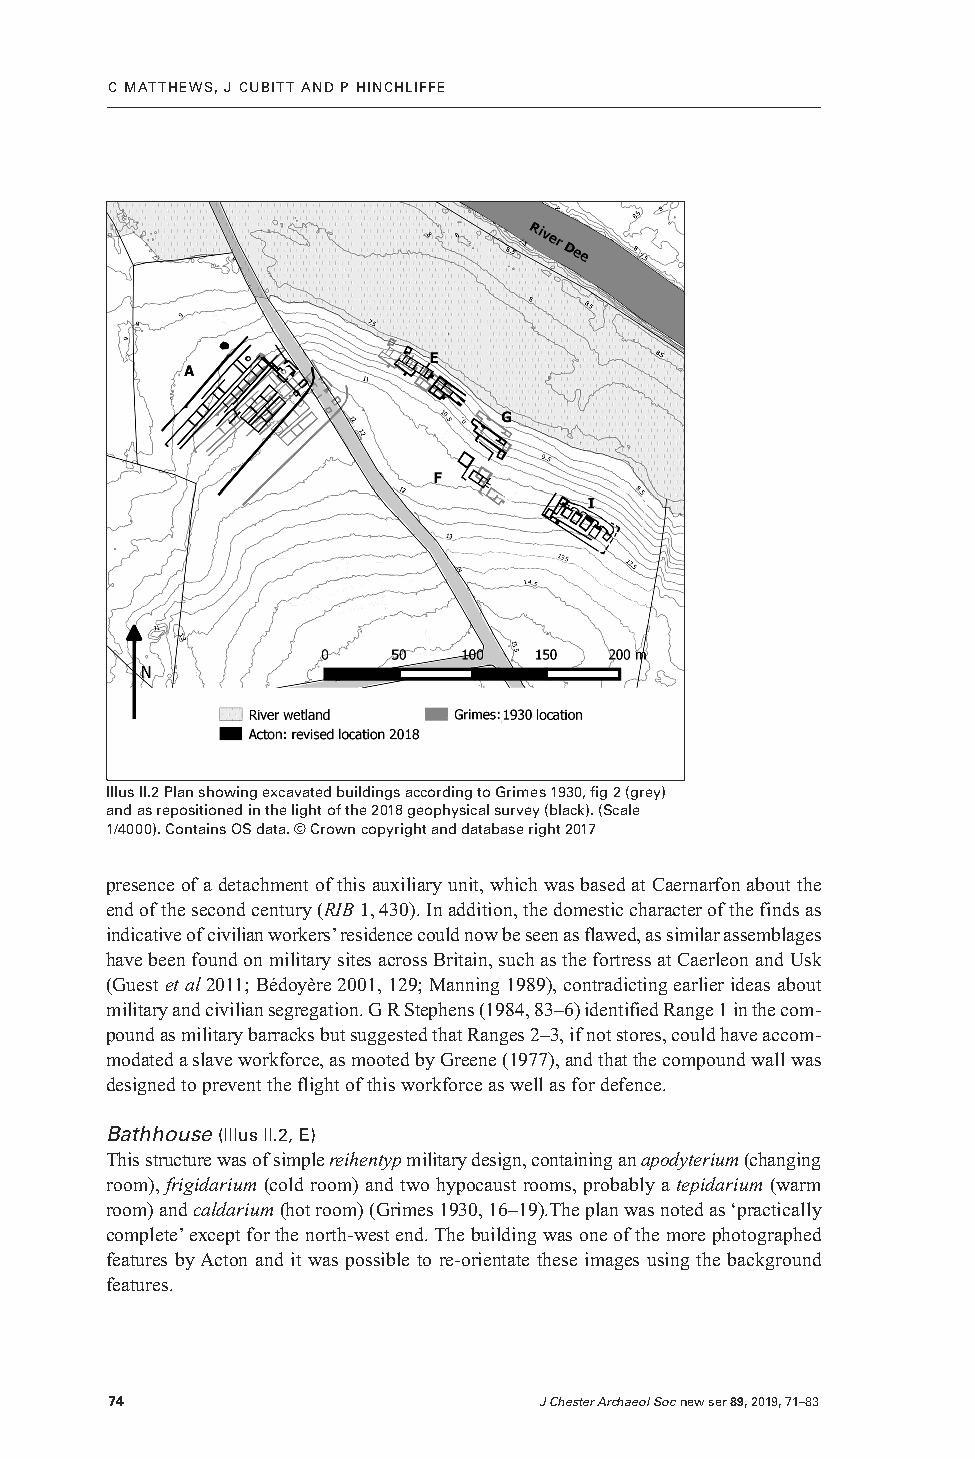
C MATTHEWS, J CUBITT AND P HINCHLIFFE
 Illus II.2 Plan showing excavated buildings according to Grimes 1930, fig 2 (grey)
 and as repositioned in the light of the 2018 geophysical survey (black). (Scale
 1/4000). Contains OS data. © Crown copyright and database right 2017
 presence of a detachment of this auxiliary unit, which was based at Caernarfon about the
 end of the second century (RIB1, 430). In addition, the domestic character of the finds as
 indicative of civilian workers’ residence could now be seen as flawed, as similar assemblages
 have been found on military sites across Britain, such as the fortress at Caerleon and Usk
 (Guest et al2011; Bédoyère 2001, 129; Manning 1989), contradicting earlier ideas about
 military and civilian segregation. G R Stephens (1984, 83–6) identified Range 1 in the com -
 pound as military barracks but suggested that Ranges 2–3, if not stores, could have accom -
 modated a slave workforce, as mooted by Greene (1977), and that the compound wall was
 designed to prevent the flight of this workforce as well as for defence.
 Bathhouse (Illus II.2, E)
 This structure was of simple reihentypmilitary design, containing an apodyterium(changing
 room), frigidarium (cold room) and two hypocaust rooms, probably a tepidarium (warm
 room) and caldarium(hot room) (Grimes 1930, 16–19).The plan was noted as ‘practically
 complete’ except for the north-west end. The building was one of the more photographed
 features by Acton and it was possible to re-orientate these images using the background
 features.
 74                           J Chester Archaeol Soc new ser89, 2019, 71–83